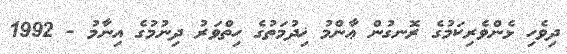
ދިވެހި ޅެންވެރިކަމުގެ ރޮނގުން ޢާންމު ޚިދުމަތުގެ ހިތްވަރު ދިނުމުގެ އިނާމު - 1992